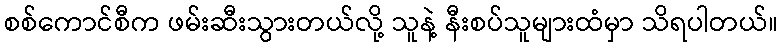
စစ်ကောင်စီက ဖမ်းဆီးသွားတယ်လို့ သူနဲ့ နီးစပ်သူများထံမှာ သိရပါတယ်။